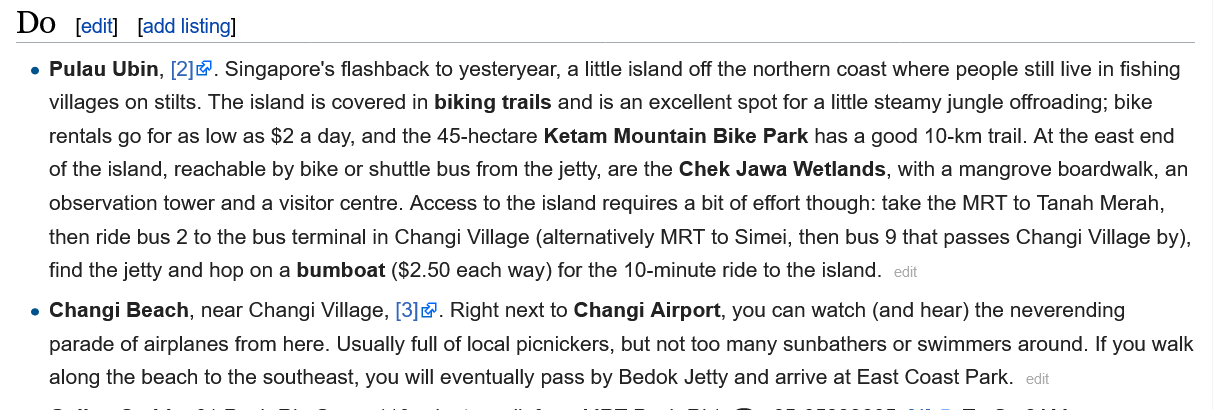
Do
   e Pulau Ubin, [2]. Singapore's flashback to yesteryear,
   a
     little island off the northern coast where people still live in fishing
     villages on stilts. The island is covered in biking trails and is an excellent spot for a little steamy jungle offroading; bike
     rentals go for as low as $2 a day, and the 45-hectare Ketam Mountain Bike Park has a good 10-km trail. At the east end
     of the island, reachable by bike or shuttle bus from the jetty, are the Chek Jawa Wetlands, with a mangrove boardwalk, an
     observation tower and a visitor centre. Access to the island requires a bit of effort though: take the MRT to Tanah Merah,
     then ride bus 2 to the bus terminal in Changi Village (alternatively MRT to Simei, then bus 9 that passes Changi Village by),
     find the jetty and hop on a bumboat ($2.50 each way) for the 10-minute ride to the island.
   e Changi  Beach, near Changi Village, [3]. Right next to Changi Airport, you can watch (and hear) the neverending
     parade of airplanes from here. Usually full of local picnickers, but not too many sunbathers or swimmers around. If you walk
     along the beach to the southeast, you will eventually pass by Bedok Jetty and arrive at East Coast Park.